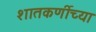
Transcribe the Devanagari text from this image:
शातकर्णीच्या